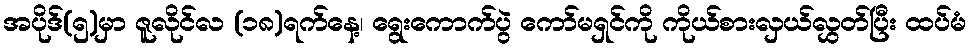
အပိုဒ်(၅)မှာ ဇူလိုင်လ (၁၈)ရက်နေ့၊ ရွေးကောက်ပွဲ ကော်မရှင်ကို ကိုယ်စားလှယ်လွှတ်ပြီး ထပ်မံ